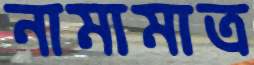
নামামাত্র